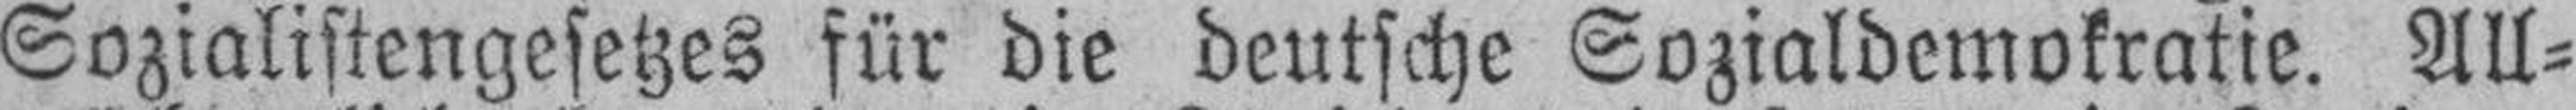
Sozialistengesetzes für die deutsche Sozialdemokratie. All¬